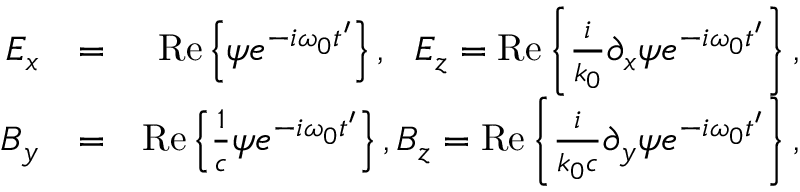
\begin{array} { r l r } { E _ { x } } & { = } & { \mathrm { R e } \left\{ \psi e ^ { - i \omega _ { 0 } t ^ { \prime } } \right\} , \, \, \, \, E _ { z } = \mathrm { R e } \left\{ \frac { i } { k _ { 0 } } \partial _ { x } \psi e ^ { - i \omega _ { 0 } t ^ { \prime } } \right\} , } \\ { B _ { y } } & { = } & { \mathrm { R e } \left\{ \frac { 1 } { c } \psi e ^ { - i \omega _ { 0 } t ^ { \prime } } \right\} , B _ { z } = \mathrm { R e } \left\{ \frac { i } { k _ { 0 } c } \partial _ { y } \psi e ^ { - i \omega _ { 0 } t ^ { \prime } } \right\} , } \end{array}